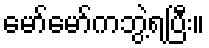
မော်မော်ကဘွဲ့ရပြီး။